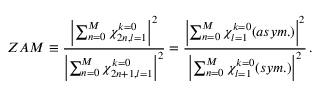
Z A M \equiv \frac { \left| \sum _ { n = 0 } ^ { M } { \chi _ { 2 n , l = 1 } ^ { k = 0 } } \right| ^ { 2 } } { \left| \sum _ { n = 0 } ^ { M } { \chi _ { 2 n + 1 , l = 1 } ^ { k = 0 } } \right| ^ { 2 } } = \frac { \left| \sum _ { n = 0 } ^ { M } { \chi _ { l = 1 } ^ { k = 0 } ( a s y m . ) } \right| ^ { 2 } } { \left| \sum _ { n = 0 } ^ { M } { \chi _ { l = 1 } ^ { k = 0 } ( s y m . ) } \right| ^ { 2 } } \, .